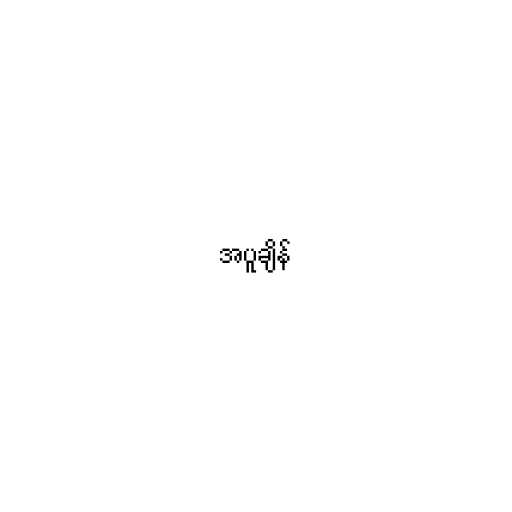
အပူချိန်